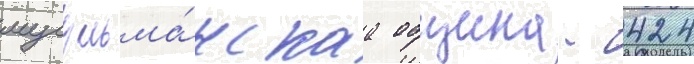
мусульма́нскаа община - 424